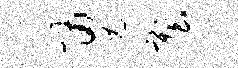
勇塑